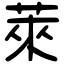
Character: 萊